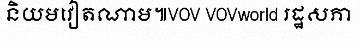
និយមវៀតណាម៕VOV VOVworld រដ្ឋសភា